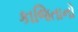
કાજિતાનો